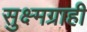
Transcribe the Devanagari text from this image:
सुक्ष्मग्राही